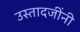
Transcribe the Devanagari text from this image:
उस्तादजींनी